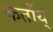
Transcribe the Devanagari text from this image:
कर्तोय्